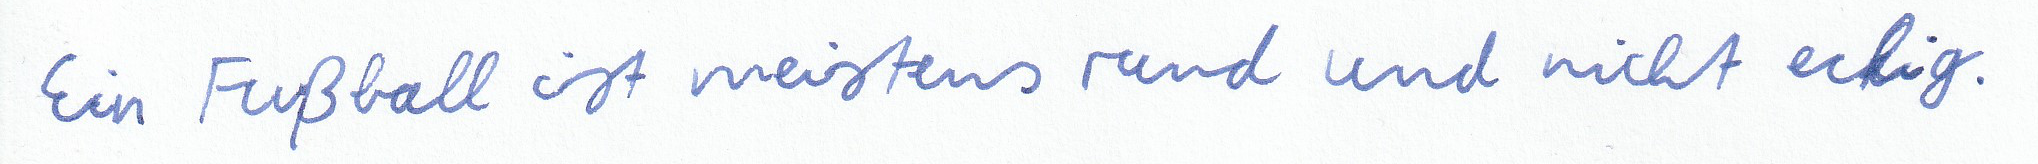
Ein Fußball ist meistens rund und nicht eckig.